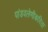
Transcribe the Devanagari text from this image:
पांडवलेणीकरिता